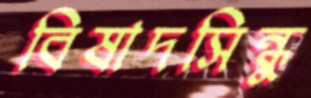
বিষাদসিন্ধু